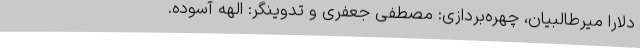
دلارا میرطالبیان، چهره‌بردازی: مصطفی جعفری و تدوینگر: الهه آسوده.